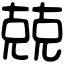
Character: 兢